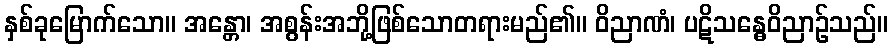
နှစ်ခုမြောက်သော။ အန္တော၊ အစွန်းအဘို့ဖြစ်သောတရားမည်၏။ ဝိညာဏံ၊ ပဋိသန္ဓေဝိညာဉ်သည်။